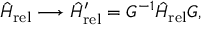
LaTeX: \hat { H } _ { \mathrm { r e l } } \longrightarrow \hat { H } _ { \mathrm { r e l } } ^ { \prime } = G ^ { - 1 } \hat { H } _ { \mathrm { r e l } } G ,